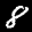
Label: 8